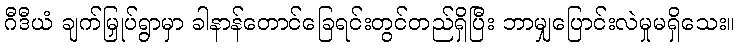
ဂီဒီယံ ချက်မြှုပ်ရွာမှာ ခါနာန်တောင်ခြေရင်းတွင်တည်ရှိပြီး ဘာမျှပြောင်းလဲမှုမရှိသေး။